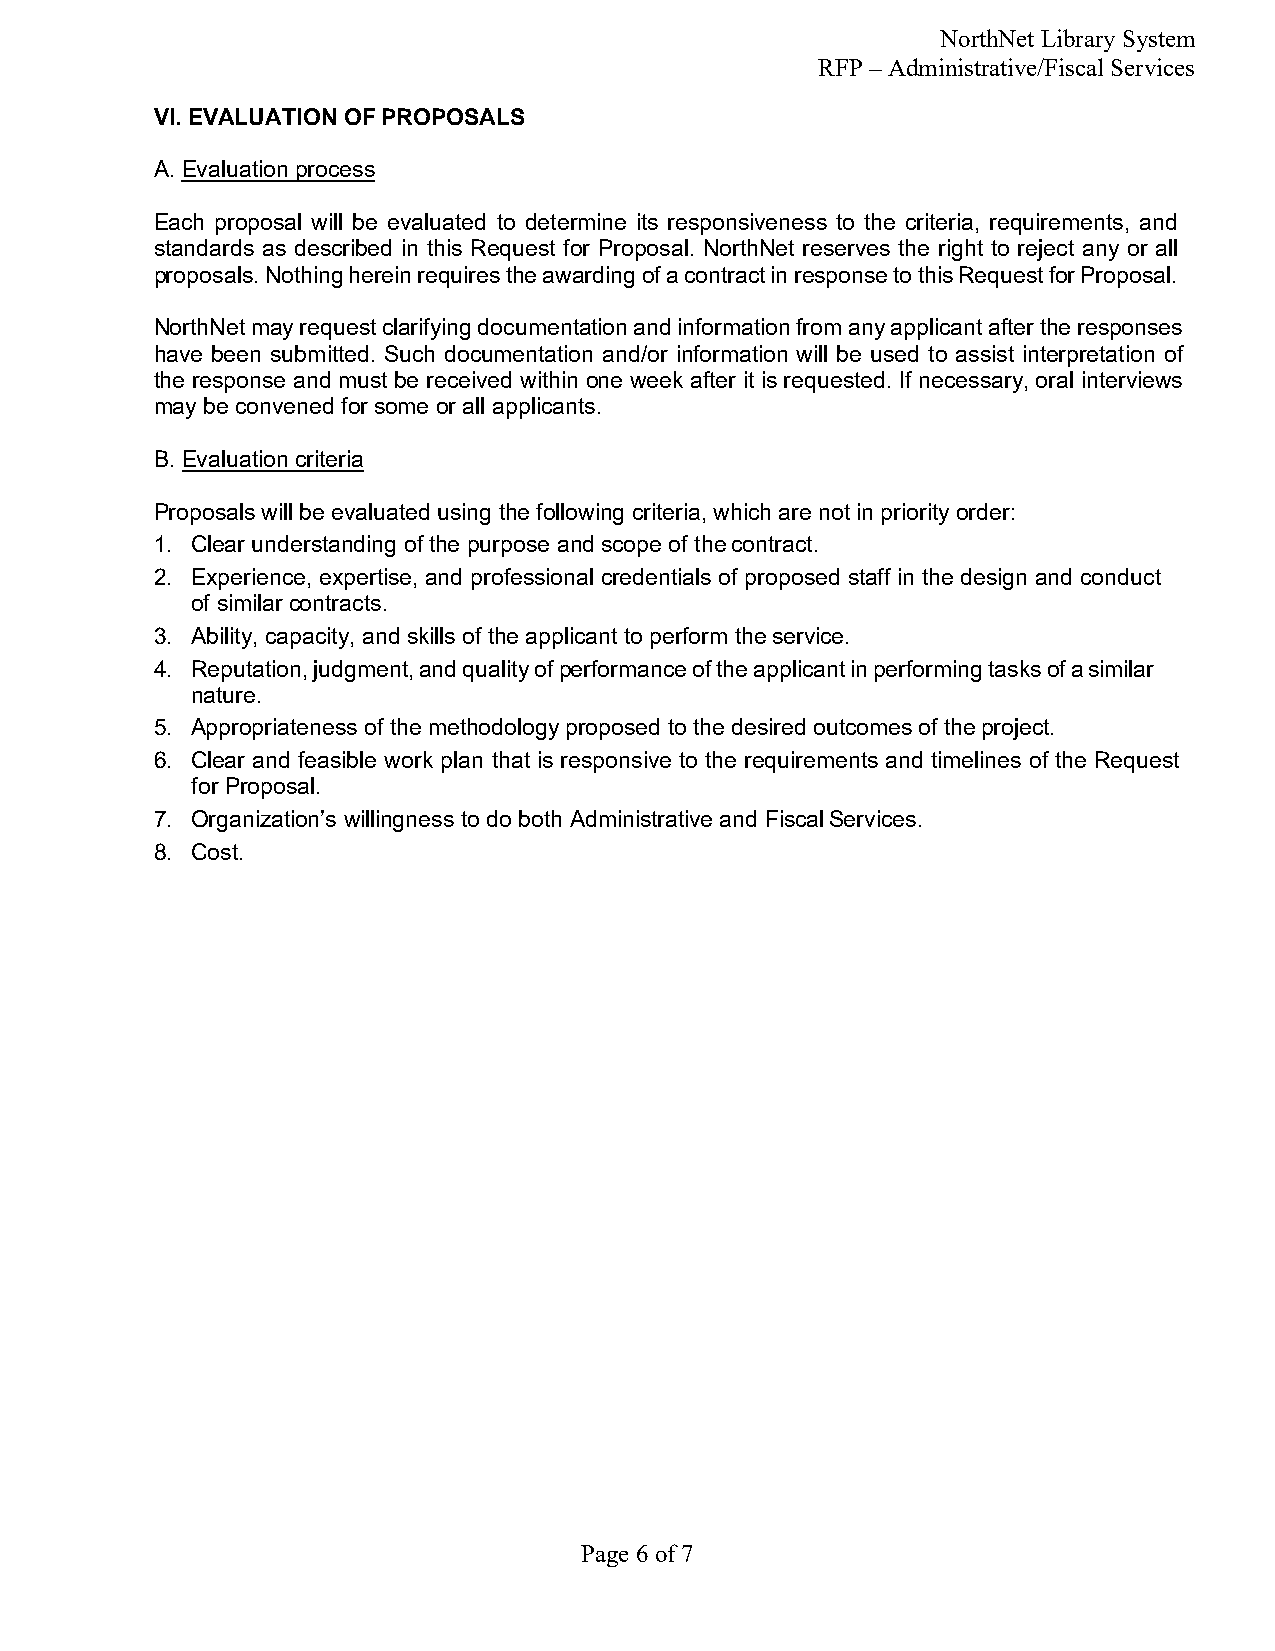
NorthNet Library System
 RFP – Administrative/Fiscal Services
 VI. EVALUATION OF PROPOSALS
 A. Evaluation process
 Each proposal will be evaluated to determine its responsiveness to the criteria, requirements, and
 standards as described in this Request for Proposal. NorthNet reserves the right to reject any or all
 proposals. Nothing herein requires the awarding of a contract in response to this Request for Proposal.
 NorthNet may request clarifying documentation and information from any applicant after the responses
 have been submitted. Such documentation and/or information will be used to assist interpretation of
 the response and must be received within one week after it is requested. If necessary, oral interviews
 may be convened for some or all applicants.
 B. Evaluation criteria
 Proposals will be evaluated using the following criteria, which are not in priority order:
 1. Clear understanding of the purpose and scope of the contract.
 2. Experience, expertise, and professional credentials of proposed staff in the design and conduct
 of similar contracts.
 3. Ability, capacity, and skills of the applicant to perform the service.
 4. Reputation, judgment, and quality of performance of the applicant in performing tasks of a similar
 nature.
 5. Appropriateness of the methodology proposed to the desired outcomes of the project.
 6. Clear and feasible work plan that is responsive to the requirements and timelines of the Request
 for Proposal.
 7. Organization’s willingness to do both Administrative and Fiscal Services.
 8. Cost.
 Page 6 of 7